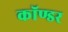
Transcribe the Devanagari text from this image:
कॉण्डर